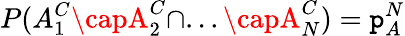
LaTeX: P(A_{1}^{C}\capA_{2}^{C}\cap...\capA_{N}^{C})=\mathtt{p}_{A}^{N}